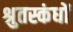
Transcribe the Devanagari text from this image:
श्रुतस्कंधों